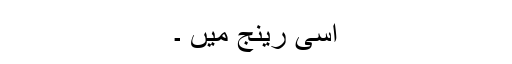
اسی رینج میں ۔